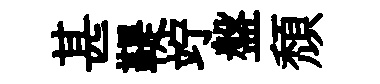
甚鞮竚盤頽